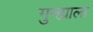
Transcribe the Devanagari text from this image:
गुन्ह्याला